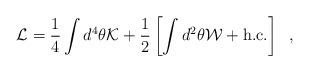
LaTeX: \begin{align*}{\cal L} = \frac{1}{4} \int d^4 \theta {\cal K} + \frac{1}{2}\left[ \int d^2 \theta {\cal W} + {\rm h.c.} \right] \;\;,\end{align*}